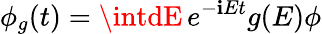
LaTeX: \phi_{g}(t)=\intdE\, e^{-\mathbf{i}Et}g(E)\phi